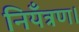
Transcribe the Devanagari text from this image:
नियँत्रण।